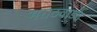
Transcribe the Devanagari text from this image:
मराठवाड्य